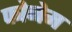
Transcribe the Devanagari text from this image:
फोनेम